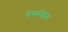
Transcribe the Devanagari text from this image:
गेस्कोइग्न